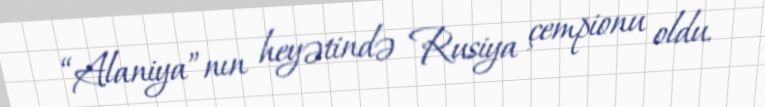
“Alaniya”nın heyətində Rusiya çempionu oldu.